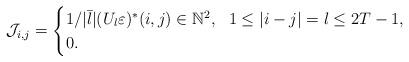
LaTeX: \begin{align*}\mathcal{J}_{i,j} = \begin{cases}1/|\bar{l}|(U_l\varepsilon)^* (i,j) \in \mathbb{N}^2, \ \ 1\leq|i-j|=l \leq 2T-1,\\0 .\end{cases} \end{align*}